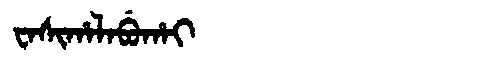
Manchu: ᠸᠠᠰᡳᡥᠠᠯᠠᠪᡠᡥᠠᡳ
Romanization: WASIHALABUHAI